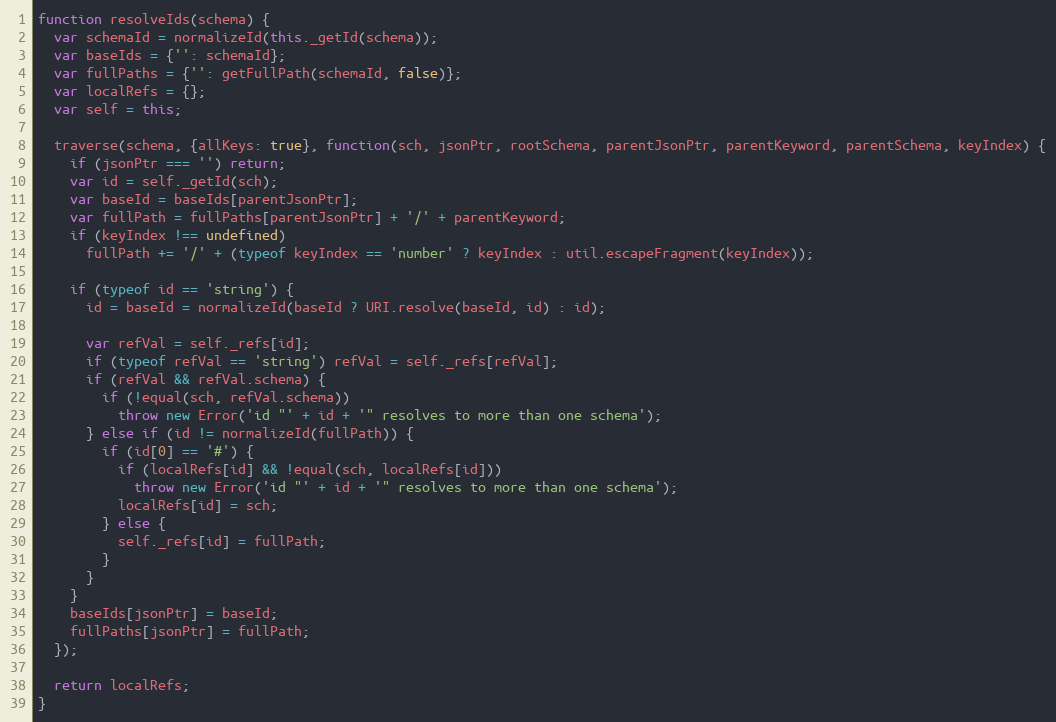
Language: JavaScript
function resolveIds(schema) {
  var schemaId = normalizeId(this._getId(schema));
  var baseIds = {'': schemaId};
  var fullPaths = {'': getFullPath(schemaId, false)};
  var localRefs = {};
  var self = this;

  traverse(schema, {allKeys: true}, function(sch, jsonPtr, rootSchema, parentJsonPtr, parentKeyword, parentSchema, keyIndex) {
    if (jsonPtr === '') return;
    var id = self._getId(sch);
    var baseId = baseIds[parentJsonPtr];
    var fullPath = fullPaths[parentJsonPtr] + '/' + parentKeyword;
    if (keyIndex !== undefined)
      fullPath += '/' + (typeof keyIndex == 'number' ? keyIndex : util.escapeFragment(keyIndex));

    if (typeof id == 'string') {
      id = baseId = normalizeId(baseId ? URI.resolve(baseId, id) : id);

      var refVal = self._refs[id];
      if (typeof refVal == 'string') refVal = self._refs[refVal];
      if (refVal && refVal.schema) {
        if (!equal(sch, refVal.schema))
          throw new Error('id "' + id + '" resolves to more than one schema');
      } else if (id != normalizeId(fullPath)) {
        if (id[0] == '#') {
          if (localRefs[id] && !equal(sch, localRefs[id]))
            throw new Error('id "' + id + '" resolves to more than one schema');
          localRefs[id] = sch;
        } else {
          self._refs[id] = fullPath;
        }
      }
    }
    baseIds[jsonPtr] = baseId;
    fullPaths[jsonPtr] = fullPath;
  });

  return localRefs;
}